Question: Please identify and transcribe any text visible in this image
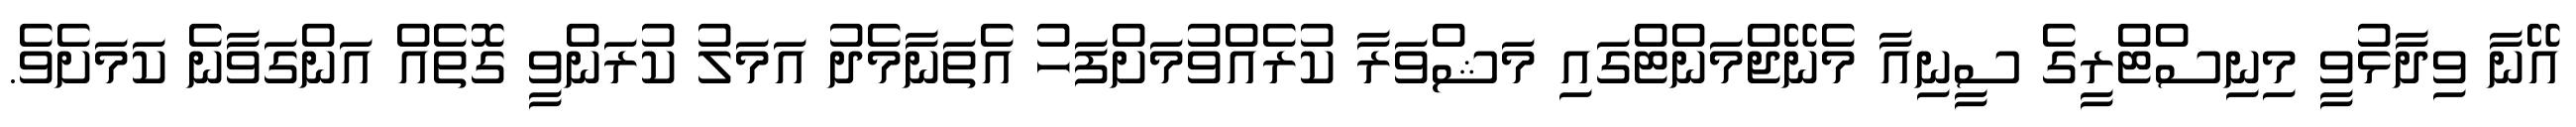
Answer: އޭނާ ވިދާޅުވީ މިނިސްޓްރީގެ ސީނިއާ މެނޭޖްމަންޓްގައި މަޝްވަރާ ކުރެއްވުމަށްފަހު އެތަނާމެދު އަމަލު ކުރަންވީ ގޮތެއް އަންގަވާނެ ކަމަށެވެ.